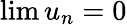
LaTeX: \lim u_{n}=0